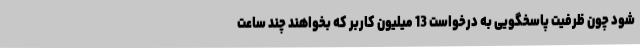
شود چون ظرفیت پاسخگویی به درخواست 13 میلیون کاربر که بخواهند چند ساعت